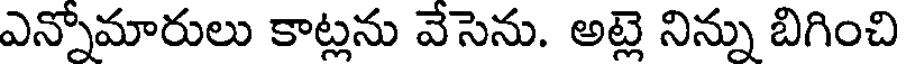
ఎన్నోమారులు కాట్లను వేసెను. అట్లె నిన్ను బిగించి